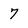
Character: 7